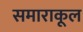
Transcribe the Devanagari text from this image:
समाराकूल